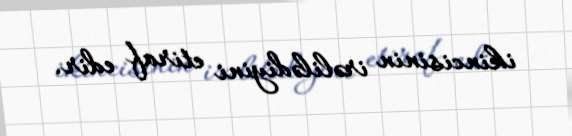
ikincisinin irəlilədiyini etiraf edir.